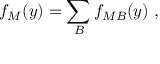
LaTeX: f _ { M } ( y ) = \sum _ { B } f _ { M B } ( y ) \ ,